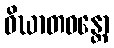
ဝိဃာတဝန္တော